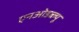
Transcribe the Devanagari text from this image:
एनओडब्ल्यू